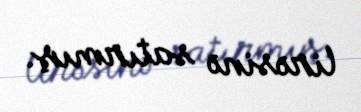
lirəsinə satırmış.